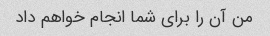
من آن را برای شما انجام خواهم داد